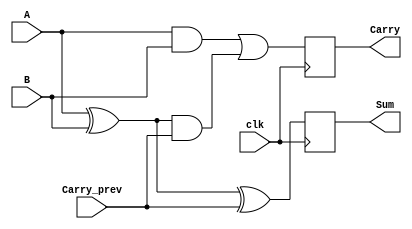
module Sequential_Half_Adder (
    input wire clk,            // Clock input
    input wire A,              // First input bit
    input wire B,              // Second input bit
    input wire Carry_prev,     // Previous carry input
    output reg Sum,            // Sum output
    output reg Carry           // Carry output
);

// Always block triggered on the rising edge of the clock
always @(posedge clk) begin
    // Calculate the Sum
    Sum <= A ^ B ^ Carry_prev;

    // Calculate the Carry
    Carry <= (A & B) | ((A ^ B) & Carry_prev);
end

endmodule